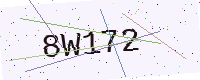
Text: 8W172